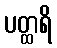
ပတ္ထရိ